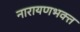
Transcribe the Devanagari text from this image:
नारायणभक्त